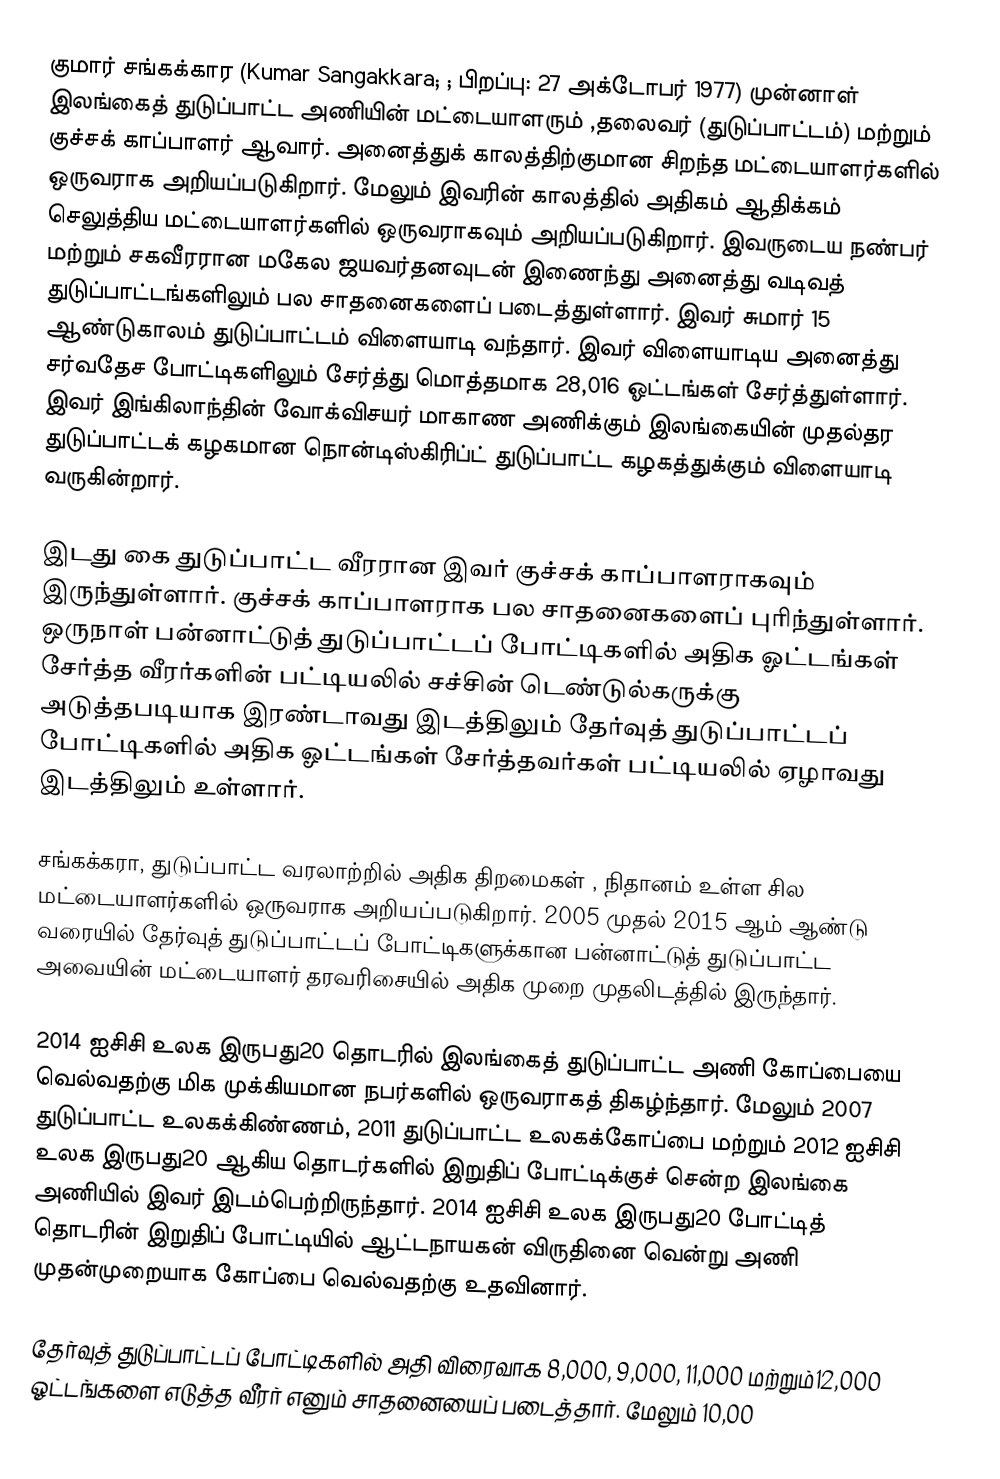
குமார் சங்கக்கார (Kumar Sangakkara; ; பிறப்பு: 27 அக்டோபர் 1977) முன்னாள் இலங்கைத் துடுப்பாட்ட அணியின் மட்டையாளரும் ,தலைவர் (துடுப்பாட்டம்) மற்றும்  குச்சக் காப்பாளர் ஆவார். அனைத்துக் காலத்திற்குமான சிறந்த மட்டையாளர்களில் ஒருவராக அறியப்படுகிறார். மேலும் இவரின் காலத்தில் அதிகம் ஆதிக்கம் செலுத்திய மட்டையாளர்களில் ஒருவராகவும் அறியப்படுகிறார். இவருடைய நண்பர் மற்றும் சகவீரரான மகேல ஜயவர்தனவுடன் இணைந்து அனைத்து வடிவத் துடுப்பாட்டங்களிலும் பல சாதனைகளைப் படைத்துள்ளார்.  இவர் சுமார் 15 ஆண்டுகாலம் துடுப்பாட்டம் விளையாடி வந்தார். இவர் விளையாடிய அனைத்து சர்வதேச போட்டிகளிலும் சேர்த்து மொத்தமாக 28,016 ஓட்டங்கள் சேர்த்துள்ளார்.  இவர் இங்கிலாந்தின் வோக்விசயர் மாகாண அணிக்கும் இலங்கையின் முதல்தர துடுப்பாட்டக் கழகமான நொன்டிஸ்கிரிப்ட் துடுப்பாட்ட கழகத்துக்கும் விளையாடி வருகின்றார்.

இடது கை துடுப்பாட்ட வீரரான இவர் குச்சக் காப்பாளராகவும் இருந்துள்ளார். குச்சக் காப்பாளராக பல சாதனைகளைப் புரிந்துள்ளார். ஒருநாள் பன்னாட்டுத் துடுப்பாட்டப் போட்டிகளில் அதிக ஓட்டங்கள் சேர்த்த வீரர்களின் பட்டியலில் சச்சின் டெண்டுல்கருக்கு அடுத்தபடியாக இரண்டாவது இடத்திலும் தேர்வுத் துடுப்பாட்டப் போட்டிகளில் அதிக ஓட்டங்கள் சேர்த்தவர்கள் பட்டியலில் ஏழாவது இடத்திலும் உள்ளார்.

சங்கக்கரா, துடுப்பாட்ட வரலாற்றில் அதிக திறமைகள் , நிதானம் உள்ள சில மட்டையாளர்களில் ஒருவராக அறியப்படுகிறார். 2005 முதல் 2015 ஆம் ஆண்டு வரையில் தேர்வுத் துடுப்பாட்டப் போட்டிகளுக்கான பன்னாட்டுத் துடுப்பாட்ட அவையின் மட்டையாளர் தரவரிசையில் அதிக முறை முதலிடத்தில் இருந்தார்.

2014 ஐசிசி உலக இருபது20 தொடரில் இலங்கைத் துடுப்பாட்ட அணி கோப்பையை வெல்வதற்கு மிக முக்கியமான நபர்களில் ஒருவராகத் திகழ்ந்தார். மேலும் 2007 துடுப்பாட்ட உலகக்கிண்ணம், 2011 துடுப்பாட்ட உலகக்கோப்பை மற்றும் 2012 ஐசிசி உலக இருபது20 ஆகிய தொடர்களில்  இறுதிப் போட்டிக்குச் சென்ற இலங்கை அணியில் இவர் இடம்பெற்றிருந்தார். 2014 ஐசிசி உலக இருபது20 போட்டித் தொடரின் இறுதிப் போட்டியில் ஆட்டநாயகன் விருதினை வென்று அணி முதன்முறையாக கோப்பை வெல்வதற்கு உதவினார்.

தேர்வுத் துடுப்பாட்டப் போட்டிகளில் அதி விரைவாக  8,000, 9,000, 11,000 மற்றும்12,000 ஓட்டங்களை எடுத்த வீரர் எனும் சாதனையைப் படைத்தார். மேலும் 10,00